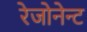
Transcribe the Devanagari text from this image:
रेजोनेन्ट